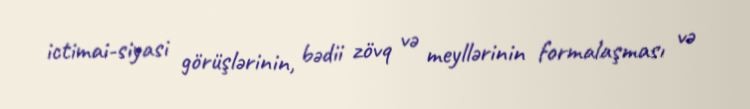
ictimai-siyasi görüşlərinin, bədii zövq və meyllərinin formalaşması və